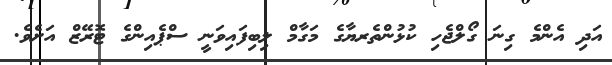
އަދި އެންމެ ގިނަ ގޯލްޖެހި ކުޅުންތެރޔާގެ މަގާމް ލިބިފައިވަނީ ސްޕެއިންގެ ޓޮރޭޒް އަށެވެ.